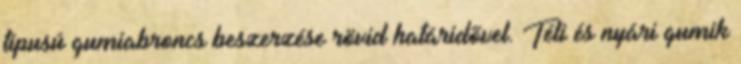
típusú gumiabroncs beszerzése rövid határidõvel. Téli és nyári gumik